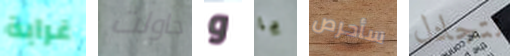
غرابة حاولت و يا سأحرص نتجادل